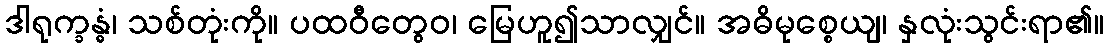
ဒါရုက္ခန္ဓံ၊ သစ်တုံးကို။ ပထဝီတွေဝ၊ မြေဟူ၍သာလျှင်။ အဓိမုစ္စေယျ၊ နှလုံးသွင်းရာ၏။